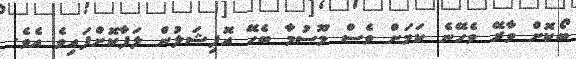
ބޯކޮށް ވާރޭ ވެހޭނެ ކަމަށް ވެސް މޫސުމާ ބެހޭ އޮފިޝަލުން ލަފާކޮށްފައިވެ އެވެ.